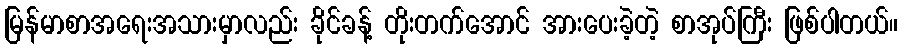
မြန်မာစာအရေးအသားမှာလည်း ခိုင်ခန့် တိုးတက်အောင် အားပေးခဲ့တဲ့ စာအုပ်ကြီး ဖြစ်ပါတယ်။